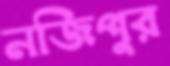
নজিপুর